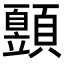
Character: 𩕙